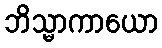
ဘိသ္မာကာယော